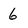
Character: 6